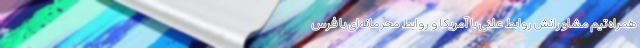
همراه تیم مشاورانش روابط علنی با آمریکا و روابط محرمانه‌ای با فرس